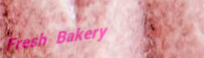
Fresh Bakery